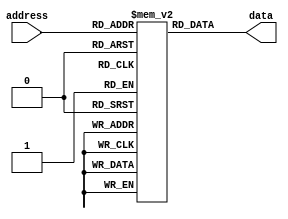
module AntiFuseROM (
    input wire [ADDRESS_WIDTH-1:0] address,
    output reg data
);

parameter ADDRESS_WIDTH = 8;
parameter DATA_WIDTH = 1;

reg [DATA_WIDTH-1:0] memory [0:(2**ADDRESS_WIDTH)-1];

always @(*) begin
    data = memory[address];
end

endmodule